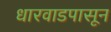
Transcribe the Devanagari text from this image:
धारवाडपासून